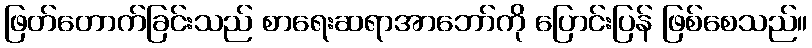
ဖြတ်တောက်ခြင်းသည် စာရေးဆရာအာဘော်ကို ပြောင်းပြန် ဖြစ်စေသည်။